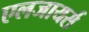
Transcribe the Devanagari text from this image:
एलजायर्स